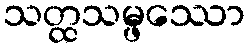
သတ္ထသမ္ဖဿော